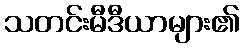
သတင်းမီဒီယာများ၏